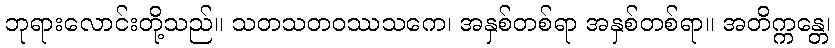
ဘုရားလောင်းတို့သည်။ သတသတဝဿသကေ၊ အနှစ်တစ်ရာ အနှစ်တစ်ရာ။ အတိက္ကန္တေ၊